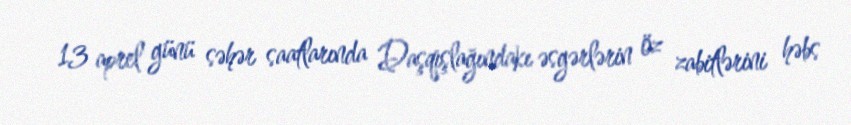
13 aprel günü səhər saatlarında Daşqışlağındakı əsgərlərin öz zabitlərini həbs